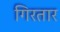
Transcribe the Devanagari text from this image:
गिरतार